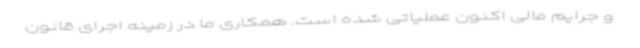
و جرایم مالی اکنون عملیاتی شده است. همکاری ما در زمینه اجرای قانون